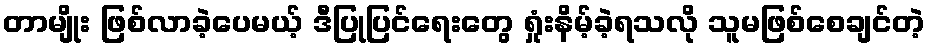
တာမျိုး ဖြစ်လာခဲ့ပေမယ့် ဒီပြုပြင်ရေးတွေ ရှုံးနိမ့်ခဲ့ရသလို သူမဖြစ်စေချင်တဲ့